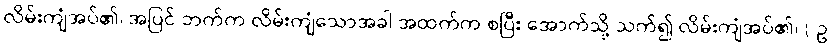
လိမ်းကျံအပ်၏၊ အပြင် ဘက်က လိမ်းကျံသောအခါ အထက်က စပြီး အောက်သို့ သက်၍ လိမ်းကျံအပ်၏၊ ( ဥ